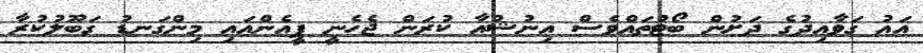
އައު ގަވާއިދުގެ ދަށުން ބޯޓުތައްވެސް އިނުޝުއާ ކުރަން ޖެހެނީ ޕީއެންއައި މިންގަނޑު ގަބޫލުކުރާ